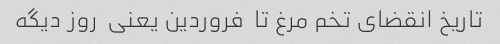
تاریخ انقضای تخم مرغ تا  فروردین یعنی  روز دیگه